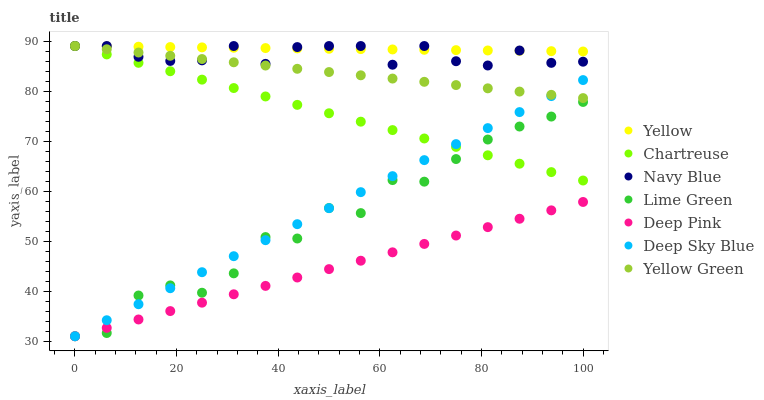
| xaxis_label | Yellow | Chartreuse | Navy Blue | Lime Green | Deep Pink | Deep Sky Blue | Yellow Green |
 | --- | --- | --- | --- | --- | --- | --- | --- |
 | 0 | 89 | 89 | 89 | 31 | 31 | 31 | 89 |
 | 6.25 | 88.9 | 87.3 | 89 | 31.6 | 32.7 | 34.2 | 88.3 |
 | 12.5 | 88.9 | 85.6 | 86.8 | 39.1 | 34.4 | 37.4 | 87.7 |
 | 18.8 | 88.8 | 84 | 86 | 41.2 | 36 | 40.6 | 87 |
 | 25 | 88.7 | 82.3 | 86.1 | 39.7 | 37.7 | 43.8 | 86.4 |
 | 31.2 | 88.7 | 80.6 | 89 | 43.6 | 39.4 | 47 | 85.7 |
 | 37.5 | 88.6 | 78.9 | 85.4 | 50.8 | 41.1 | 50.2 | 85.1 |
 | 43.8 | 88.5 | 77.2 | 88.8 | 50.5 | 42.7 | 53.4 | 84.4 |
 | 50 | 88.5 | 75.6 | 89 | 56.6 | 44.4 | 56.6 | 83.8 |
 | 56.2 | 88.4 | 73.9 | 89 | 55.6 | 46.1 | 59.8 | 83.1 |
 | 62.5 | 88.3 | 72.2 | 85.3 | 62.2 | 47.8 | 63 | 82.5 |
 | 68.8 | 88.2 | 70.5 | 89 | 61.9 | 49.4 | 66.2 | 81.8 |
 | 75 | 88.2 | 68.8 | 86 | 66.4 | 51.1 | 69.4 | 81.2 |
 | 81.2 | 88.1 | 67.2 | 85.1 | 70.3 | 52.8 | 72.6 | 80.5 |
 | 87.5 | 88 | 65.5 | 88.1 | 72.9 | 54.5 | 75.8 | 79.9 |
 | 93.8 | 88 | 63.8 | 85.6 | 74.9 | 56.2 | 79 | 79.2 |
 | 100 | 87.9 | 62.1 | 85.9 | 77.8 | 57.8 | 82.2 | 78.6 |